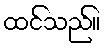
ထင်သည်။